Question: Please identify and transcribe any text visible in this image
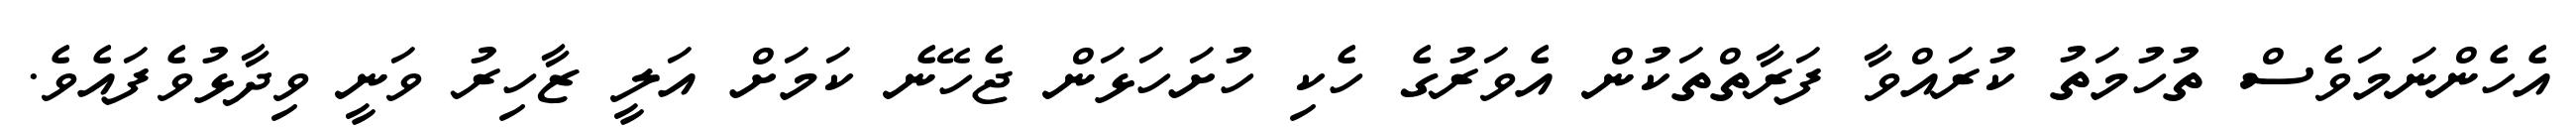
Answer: އެހެންނަމަވެސް ތުހުމަތު ކުރައްވާ ފަރާތްތަކުން އެވަރުގެ ހެކި ހުށަހަޅަން ޖެހޭނެ ކަމަށް އަލީ ޒާހިރު ވަނީ ވިދާޅުވެފައެވެ.